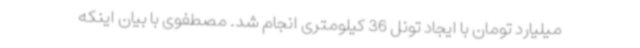
میلیارد تومان با ایجاد تونل 36 کیلومتری انجام شد. مصطفوی با بیان اینکه